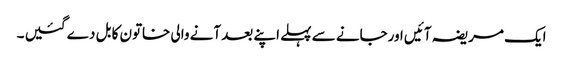
ایک مریضہ آئیں اورجانے سے پہلے اپنے بعد آنے والی خاتون کا بل دے گئیں ۔